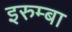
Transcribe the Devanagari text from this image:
इरुम्बा